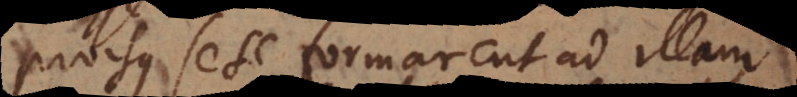
prorsus sese formarent ad illam